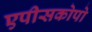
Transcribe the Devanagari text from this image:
एपीसकोपो